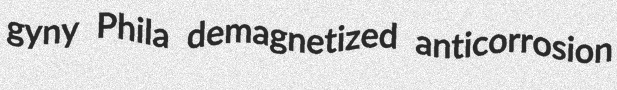
gyny Phila demagnetized anticorrosion